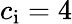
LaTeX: c_{\mathrm{i}}=4